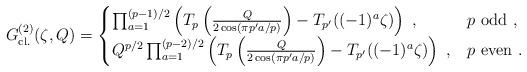
LaTeX: \begin{align*}G^{(2)}_{\mathrm{cl.}}(\zeta,Q)=\begin{cases} \prod_{a=1}^{(p-1)/2}\left(T_p\left(\frac{Q}{2\cos(\pi p' a/p)}\right)-T_{p'}((-1)^a\zeta)\right)\ ,& p\ \mathrm{odd}\ ,\\ Q^{p/2}\prod_{a=1}^{(p-2)/2}\left(T_p\left(\frac{Q}{2\cos(\pi p' a/p)}\right)-T_{p'}((-1)^a\zeta)\right)\ ,& p\ \mathrm{even}\ .\end{cases}\end{align*}